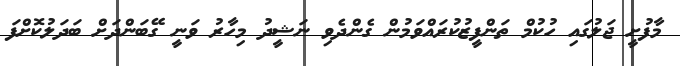
މާފުށީ ޖަލުގައި ހުކުމް ތަންފީޒުކުރައްވަމުން ގެންދެވި ނަޝީދު މިހާރު ވަނީ ގޭބަންދަށް ބަދަލުކޮށްފަ